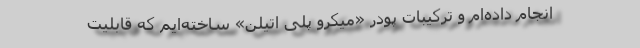
انجام داده‌ام و ترکیبات پودر «میکرو پلی اتیلن» ساخته‌ایم که قابلیت